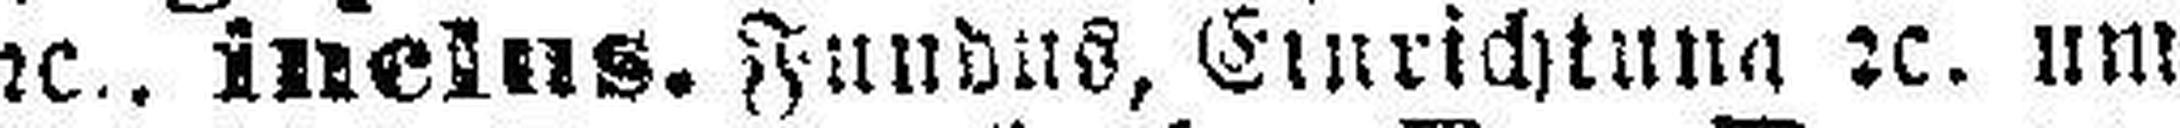
2c., inclus. Fundus, Einrichtung 2c. um